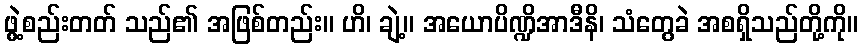
ဖွဲ့စည်းတတ် သည်၏ အဖြစ်တည်း။ ဟိ၊ ချဲ့။ အယောပိဏ္ဍိအာဒီနိ၊ သံတွေခဲ အစရှိသည်တို့ကို။